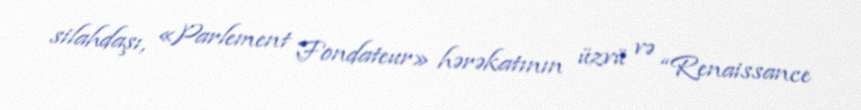
silahdaşı, «Parlement Fondateur» hərəkatının üzvü və “Renaissance